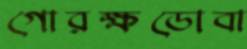
গোরক্ষডোবা